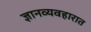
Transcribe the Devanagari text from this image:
ज्ञानव्यवहारात